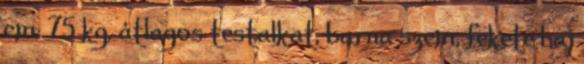
cm, 75 kg, átlagos testalkat, barna szem, fekete haj